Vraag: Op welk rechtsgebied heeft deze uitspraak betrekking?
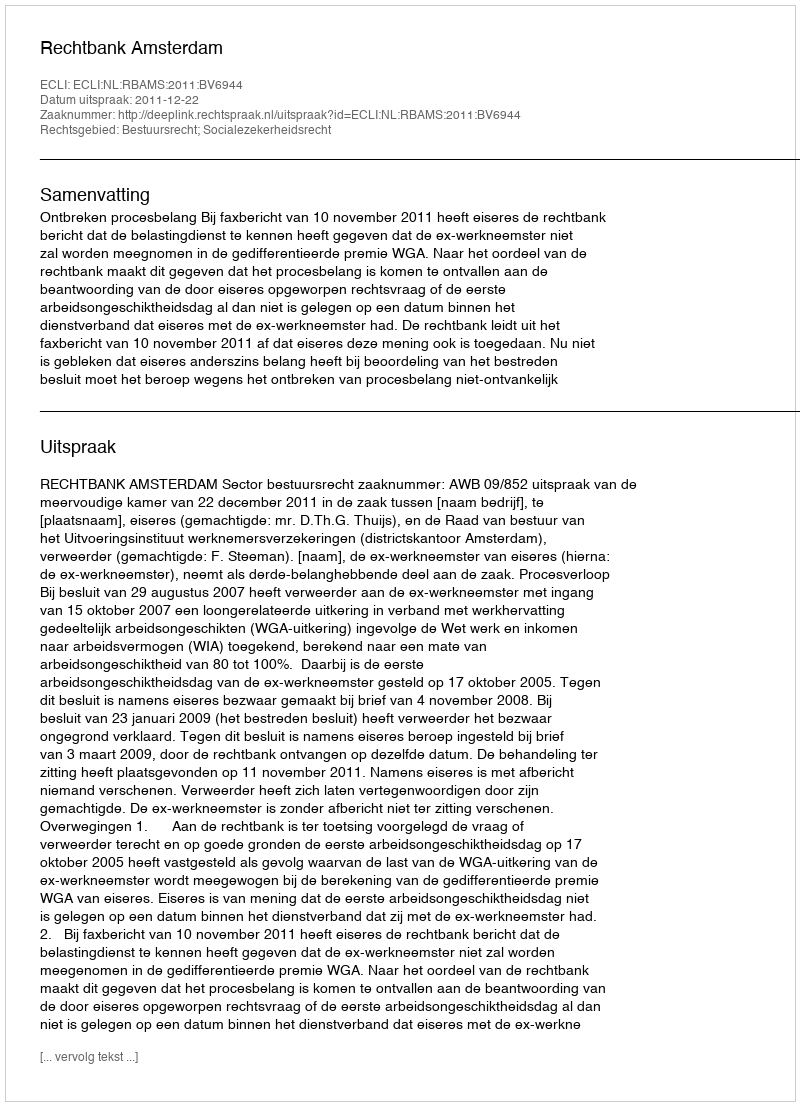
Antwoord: Bestuursrecht; Socialezekerheidsrecht